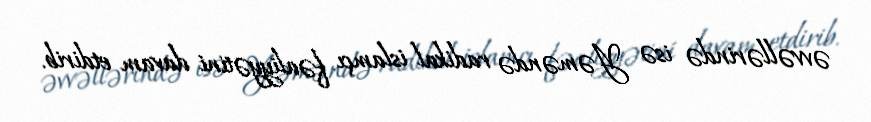
əvvəllərində isə Yəməndə radikal islamçı fəaliyyətini davam etdirib.